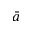
\bar { a }